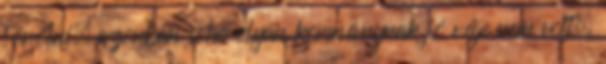
törölni, azonban soha olyan kormánynak jó vége nem volt,